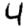
Digit: 4